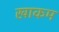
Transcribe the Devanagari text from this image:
खाकम